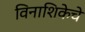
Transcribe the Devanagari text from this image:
विनाशिकेचे